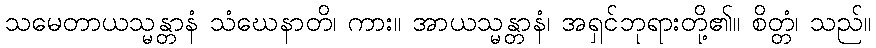
သမေတာယသ္မန္တာနံ သံဃေနာတိ၊ ကား။ အာယသ္မန္တာနံ၊ အရှင်ဘုရားတို့၏။ စိတ္တံ၊ သည်။